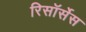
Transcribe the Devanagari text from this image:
रिसॉर्सेस